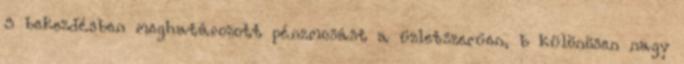
3 bekezdésben meghatározott pénzmosást a üzletszerűen, b különösen nagy